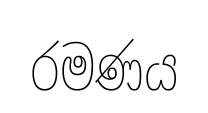
රමණය